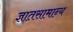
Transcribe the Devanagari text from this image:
ज्ञातसामान्य